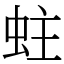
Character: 蛀